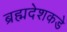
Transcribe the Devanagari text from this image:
ब्रह्मदेशकडे